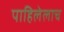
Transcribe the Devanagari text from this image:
पाहिलेलाच